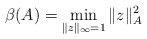
\begin{align*} \beta(A)=\min\limits_{\|z\|_{\infty}=1} \|z\|^{2}_A\end{align*}